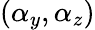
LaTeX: (\alpha_{y},\alpha_{z})